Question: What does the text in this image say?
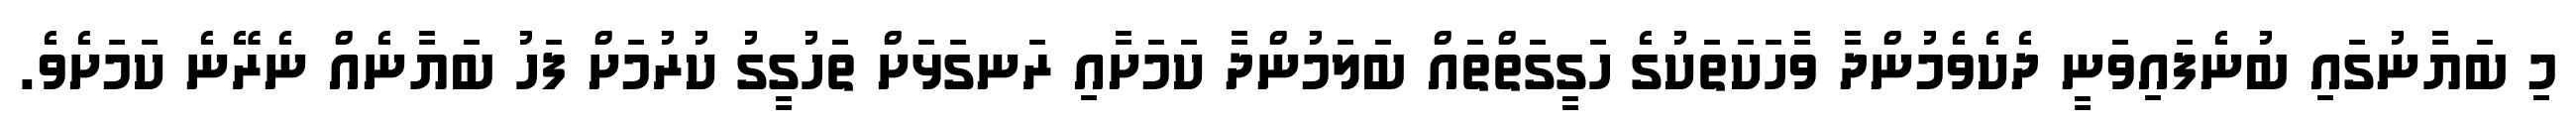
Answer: މި ބަޔާނުގައި ބުނެފައިވަނީ ދެކެވެމުންދާ ވާހަކަތަކުގެ ހަގީގަތްތައް ބަލަމުންދާ ކަމަށާއި ރަނގަޅަށް ތަހުގީގު ކުރުމަށް ފަހު ބަޔާނެއް ނެރޭނެ ކަމަށެވެ.